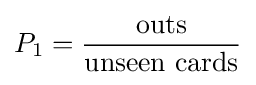
P_{1}={\frac {\mathrm {outs} }{\mathrm {unseen} \,\,\mathrm {cards} }}